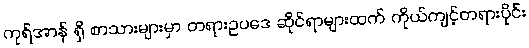
ကုရ်အာန် ရှိ စာသားများမှာ တရားဥပဒေ ဆိုင်ရာများထက် ကိုယ်ကျင့်တရားပိုင်း